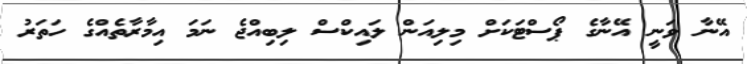
އޭނާ ވަނީ އޭނާގެ ޕޯސްޓަކަށް މިލިއަން ލައިކްސް ލިބިއްޖެ ނަމަ އިމާރާތެއްގެ ހަތަރު